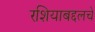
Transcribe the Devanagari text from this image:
रशियाबद्दलचे